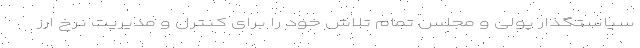
سیاستگذار پولی و مجلس تمام تلاش خود را برای کنترل و مدیریت نرخ ارز